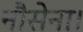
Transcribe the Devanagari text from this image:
नौसेना।